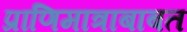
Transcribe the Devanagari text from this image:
प्राणिमात्राबाबत